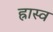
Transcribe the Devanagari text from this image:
ह्रास्व